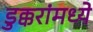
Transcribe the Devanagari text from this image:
डुक्करांमध्ये